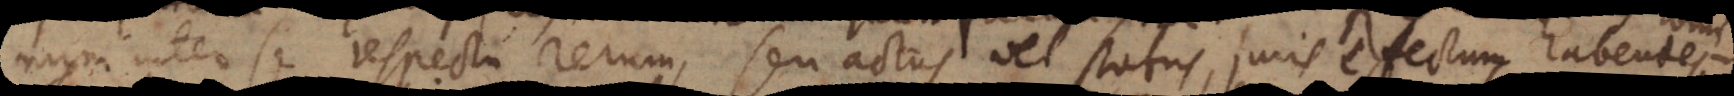
inum inter se respectu rerum, seu actus vel status, juris effectum habentes.